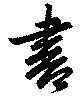
書